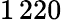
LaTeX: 1\, 220